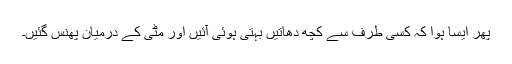
پھر ایسا ہوا کہ کسی طرف سے کچھ دھاتیں بہتی ہوئی آئیں اور مٹی کے درمیان پھنس گئیں۔